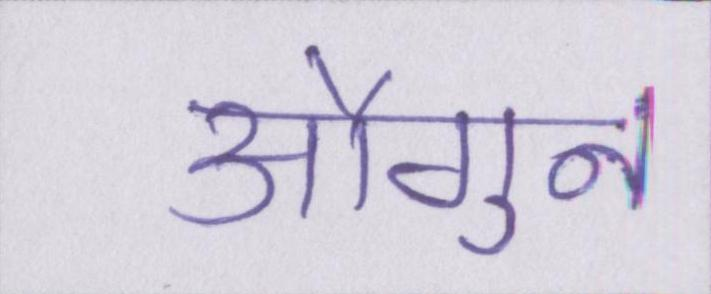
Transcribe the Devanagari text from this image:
औगुन